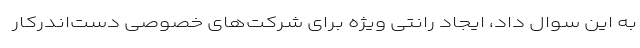
به این سوال داد، ایجاد رانتی ویژه برای شرکت‌های خصوصی دست‌اندرکار